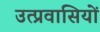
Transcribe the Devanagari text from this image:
उत्प्रवासियों